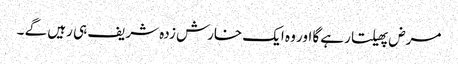
مرض پھیلتا رہے گا اور وہ ایک خارش زدہ شریف ہی رہیں گے ۔